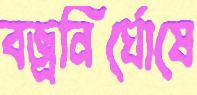
বজ্রনির্ঘোষে